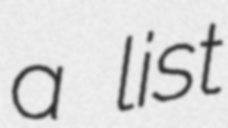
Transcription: a list